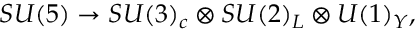
S U ( 5 ) \rightarrow S U ( 3 ) _ { c } \otimes S U ( 2 ) _ { L } \otimes U ( 1 ) _ { Y } ,